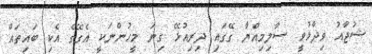
ޝުޖާއު ވިދާޅުވީ ސާލިމިއްޔާ ގޭގައި ދިރިއުޅޭ ގިނަ މީހުންނަކީ އެގޭގެ އެކި ބައިތައް